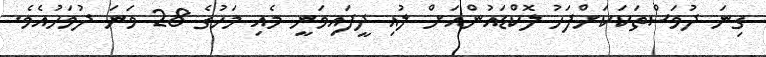
ގިނަ ދުވަސްތަކަކަށްފަހު ލޮކްޑައުންއަށް ލުއި ދީފައިވަނީ މެއި މަހުގެ 28 ވަނަ ދުވަހުއެވެ.